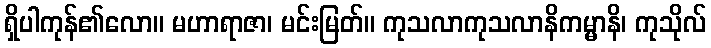
ရှိပါကုန်၏လော။ မဟာရာဇာ၊ မင်းမြတ်။ ကုသလာကုသလာနိကမ္မာနိ၊ ကုသိုလ်